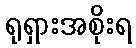
ရုရှားအစိုးရ